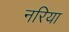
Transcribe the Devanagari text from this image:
नरिया